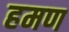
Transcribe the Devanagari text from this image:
हमण